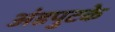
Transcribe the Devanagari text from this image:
अंडपुटके